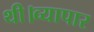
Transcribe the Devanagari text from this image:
थी।व्यापार